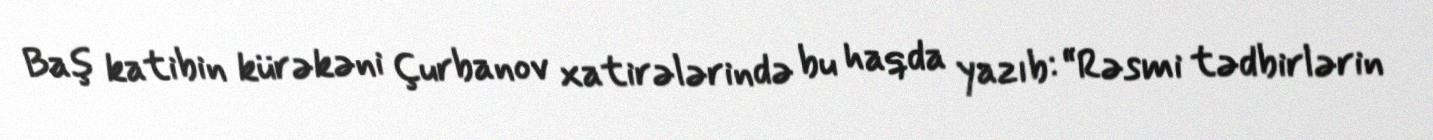
Baş katibin kürəkəni Çurbanov xatirələrində bu haqda yazıb: “Rəsmi tədbirlərin